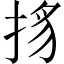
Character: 𢭺